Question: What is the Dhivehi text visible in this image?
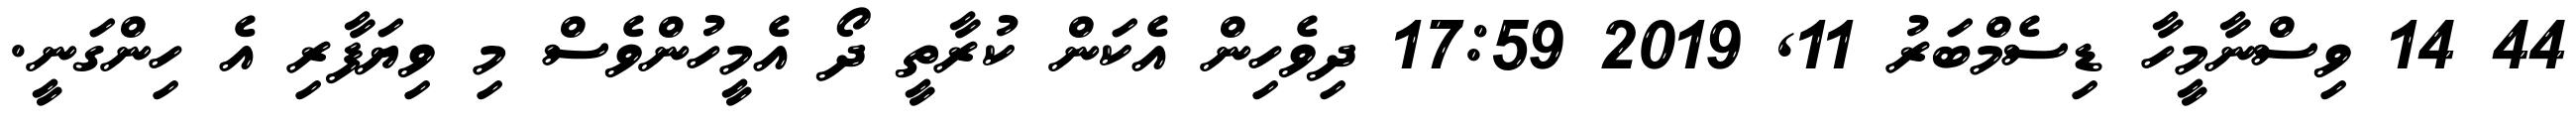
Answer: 44 14 ވިސްނާމީހާ ޑިސެމްބަރު 11, 2019 17:59 ދިވެހިން އެކަން ކުރާތީ ދޯ އެމީހުންވެސް މި ވިޔަފާރި އެ ހިންގަނީ.